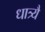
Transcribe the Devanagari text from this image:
धात्र्यै